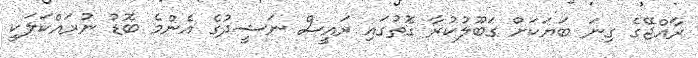
ރާއްޖޭގެ ގިނަ ބަޔަކަށް ގަބޫލުކުރާ ގޮތުގައި ރައީސް ނަޝީދުގެ އެންމެ ބޮޑު ނުރައްކަލަކީ